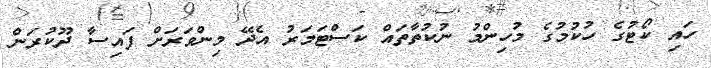
ހައި ކޯޓުގެ ހުކުމުގެ މުހިންމު ނުކުތާތައް ކަސްޓަމަރު އެދޭ މިންވަރަށް ފައިސާ ދޫކުރަން